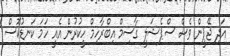
އަދި ޖޭޕީން ވެސް ސްޕެޝަލީ ގާސިމް އިބްރާހިމް ހީކުރުން އެއީ ހަމަ ކަނޑުކޮސް